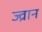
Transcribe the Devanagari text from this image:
ज्व्रान